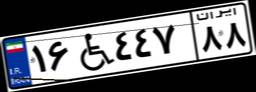
۱۶W۴۴۷۸۸